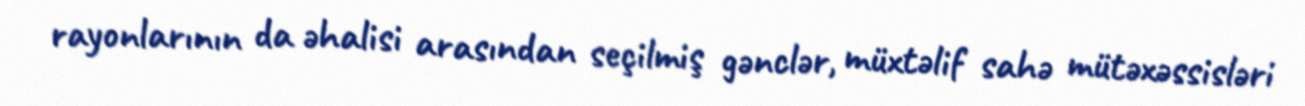
rayonlarının da əhalisi arasından seçilmiş gənclər, müxtəlif sahə mütəxəssisləri